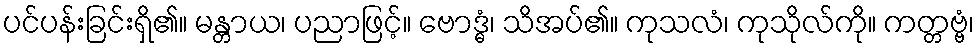
ပင်ပန်းခြင်းရှိ၏။ မန္တာယ၊ ပညာဖြင့်။ ဗောဒ္ဓံ၊ သိအပ်၏။ ကုသလံ၊ ကုသိုလ်ကို။ ကတ္တဗ္ဗံ၊